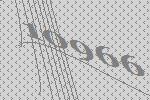
10966